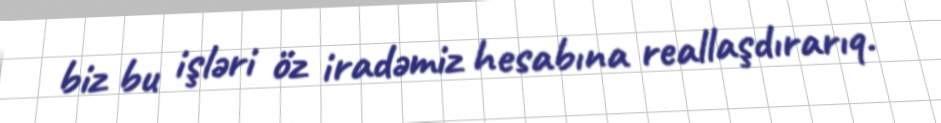
biz bu işləri öz iradəmiz hesabına reallaşdırarıq.